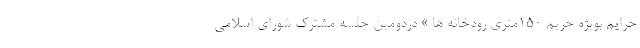
حرایم بویژه حریم ۱۵۰متری رودخانه ها » دردومین جلسه مشترک شورای اسلامی